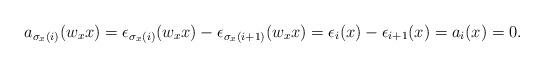
LaTeX: \begin{align*}a_{\sigma_{x}(i)}(w_{x}x)=\epsilon_{\sigma_{x}(i)}(w_{x}x)-\epsilon_{\sigma_{x}(i+1)}(w_{x}x)=\epsilon_{i}(x)-\epsilon_{i+1}(x)=a_{i}(x)=0. \end{align*}